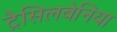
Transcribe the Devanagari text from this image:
ट्रैसिलबेनिया